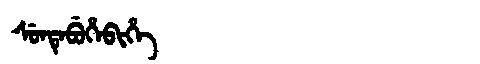
Manchu: ᠰᡠᠨᡨᡝᠪᡠᡥᡝᠪᡳᡥᡝ
Romanization: SUNTEBUHEBIHE